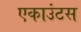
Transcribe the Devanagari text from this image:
एकाउंटस